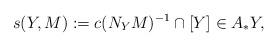
LaTeX: \begin{align*}s(Y,M):= c(N_YM)^{-1}\cap [Y] \in A_*Y,\end{align*}